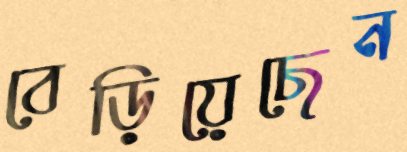
বেড়িয়েছেন